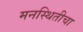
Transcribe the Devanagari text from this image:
मनस्थितीचा